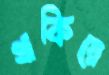
থাকিয়ে